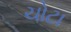
ચોટા